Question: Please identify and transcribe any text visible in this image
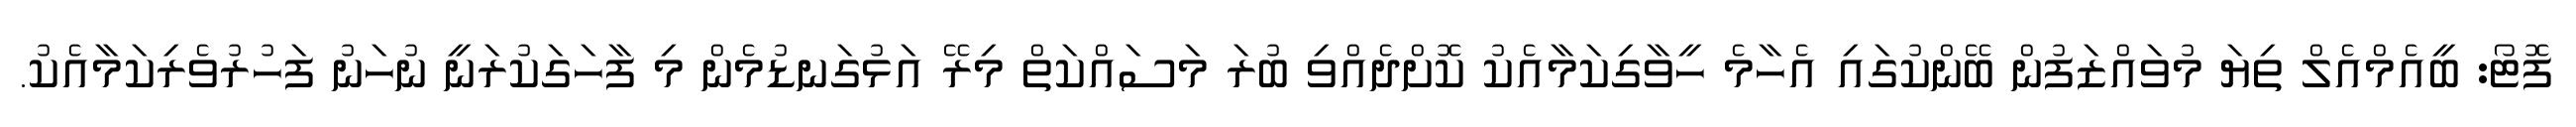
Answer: ފޮޓޯ: ބީއެމްއެލް ތިޔަ މުވައްޒަފުން ބޭންކުގައި އެހާމެ ހީވާގިކަމާއެކު ކޮށްދެއްވި ބުރަ މަސައްކަތް މިރޭ އަޅުގަނޑުމެން މި ފާހަގަކުރަނީ ނުހަނު ފަހުރުވެރިކަމާއެކު.